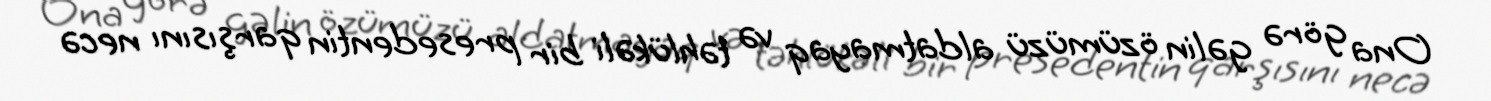
Ona görə gəlin özümüzü aldatmayaq və təhlükəli bir presedentin qarşısını necə